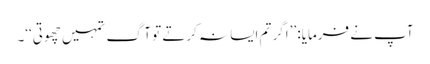
آپ نے فرمایا: ’’اگر تم ایسا نہ کرتے تو آگ تمہیں چھوتی‘‘۔